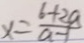
x = \frac { 6 + 2 a } { a - 1 }